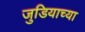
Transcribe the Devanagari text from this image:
जुडियाच्या